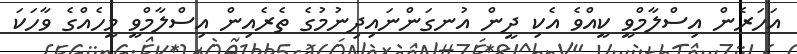
އަހަރެން އިސްލާމްވީ ކީއްވެ އެކި ދީން އުނގަންނައިދިނުމުގެ ތެރެއިން އިސްލާމްވީ މީހެއްގެ ވާހަކަ